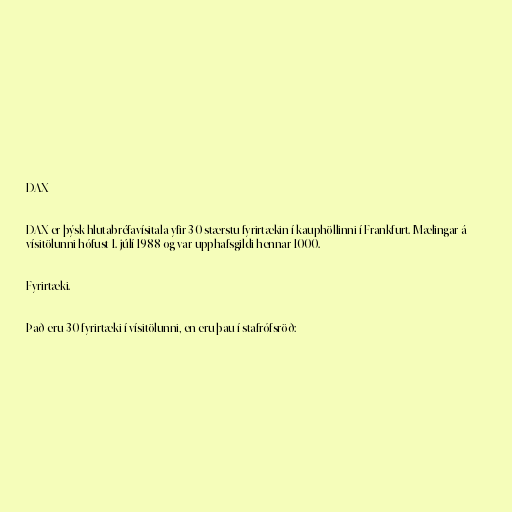
DAX

DAX er þýsk hlutabréfavísitala yfir 30 stærstu fyrirtækin í kauphöllinni í Frankfurt. Mælingar á
vísitölunni hófust 1. júlí 1988 og var upphafsgildi hennar 1000.

Fyrirtæki.

Það eru 30 fyrirtæki í vísitölunni, en eru þau í stafrófsröð: